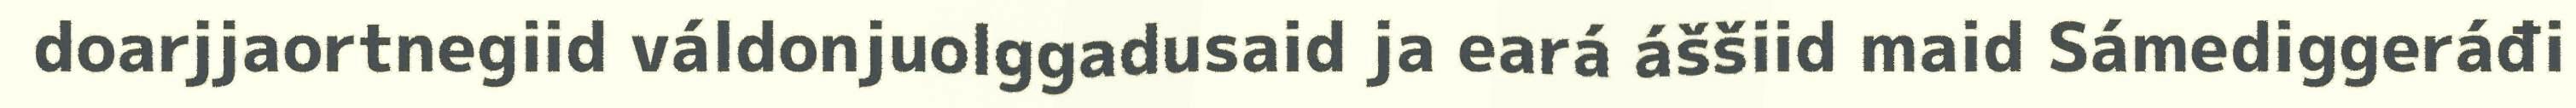
doarjjaortnegiid váldonjuolggadusaid ja eará áššiid maid Sámediggeráđi